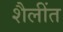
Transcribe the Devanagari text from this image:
शैलींत